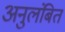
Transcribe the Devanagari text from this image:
अनुलंबित